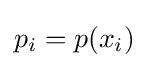
p_{i}=p(x_{i})